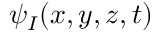
\psi _ { I } ( x , y , z , t )